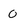
Character: O